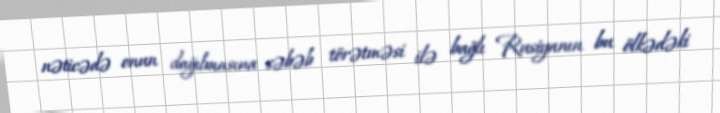
nəticədə onun dağılmasına səbəb törətməsi ilə bağlı Rusiyanın bu ölkədəki